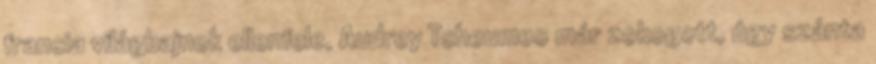
francia világbajnok ellenfele, Audrey Tcheumeo már zokogott, úgy szánta